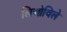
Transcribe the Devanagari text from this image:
लिओविले